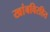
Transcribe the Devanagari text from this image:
खांबविरहित